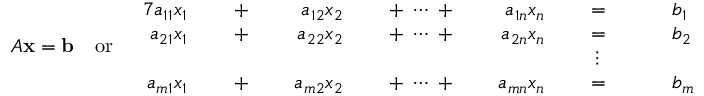
A \mathbf { x } = \mathbf { b } \quad { \mathrm { o r } } \quad { \begin{array} { r l r l r l r l r l r l r l } { { 7 } a _ { 1 1 } x _ { 1 } } & { } & { \; + \; } & { } & { a _ { 1 2 } x _ { 2 } } & { } & { \; + \; \cdots \; + \; } & { } & { a _ { 1 n } x _ { n } } & { } & { \; = \; } & { } & & { b _ { 1 } } \\ { a _ { 2 1 } x _ { 1 } } & { } & { \; + \; } & { } & { a _ { 2 2 } x _ { 2 } } & { } & { \; + \; \cdots \; + \; } & { } & { a _ { 2 n } x _ { n } } & { } & { \; = \; } & { } & & { b _ { 2 } } \\ & { } & & { } & & { } & & { } & & { } & { \vdots \ \; } & { } & & { } \\ { a _ { m 1 } x _ { 1 } } & { } & { \; + \; } & { } & { a _ { m 2 } x _ { 2 } } & { } & { \; + \; \cdots \; + \; } & { } & { a _ { m n } x _ { n } } & { } & { \; = \; } & { } & & { b _ { m } } \end{array} }